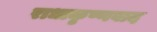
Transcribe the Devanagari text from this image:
राधाकृष्णवाद